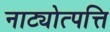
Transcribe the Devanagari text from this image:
नाट्योत्पत्ति